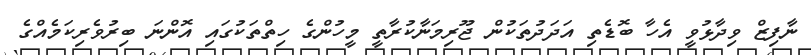
ނާފިޒް ވިދާޅުވީ އެހާ ބޮޑެތި އަދަދުތަކުން ޖޫރިމަނާކުރާތީ މީހުންގެ ހިތްތަކުގައި އޮންނަ ބިރުވެރިކަމެއްގެ